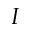
I